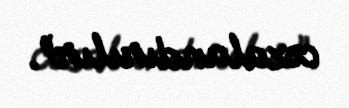
cəzalandırılır”.